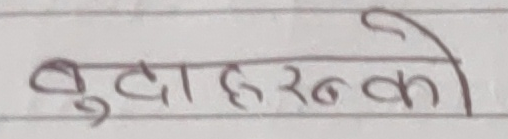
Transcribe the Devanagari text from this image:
बुढा हरु को